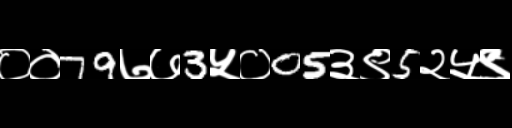
Text: ००79७७3५०05३९5२५९